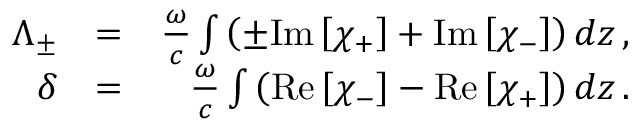
\begin{array} { r l r } { \Lambda _ { \pm } } & { = } & { \frac { \omega } { c } \int \left( \pm \mathrm { I m } \left[ \chi _ { + } \right] + \mathrm { I m } \left[ \chi _ { - } \right] \right) d z \, , } \\ { \delta } & { = } & { \frac { \omega } { c } \int \left( \mathrm { R e } \left[ \chi _ { - } \right] - \mathrm { R e } \left[ \chi _ { + } \right] \right) d z \, . } \end{array}